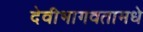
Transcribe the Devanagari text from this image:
देवीभागवतामधे